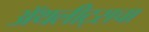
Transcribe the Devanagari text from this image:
ॲथलीट्सचा